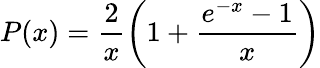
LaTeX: P(x)=\frac{2}{x}\left(1+\frac{e^{-x}-1}{x}\right)